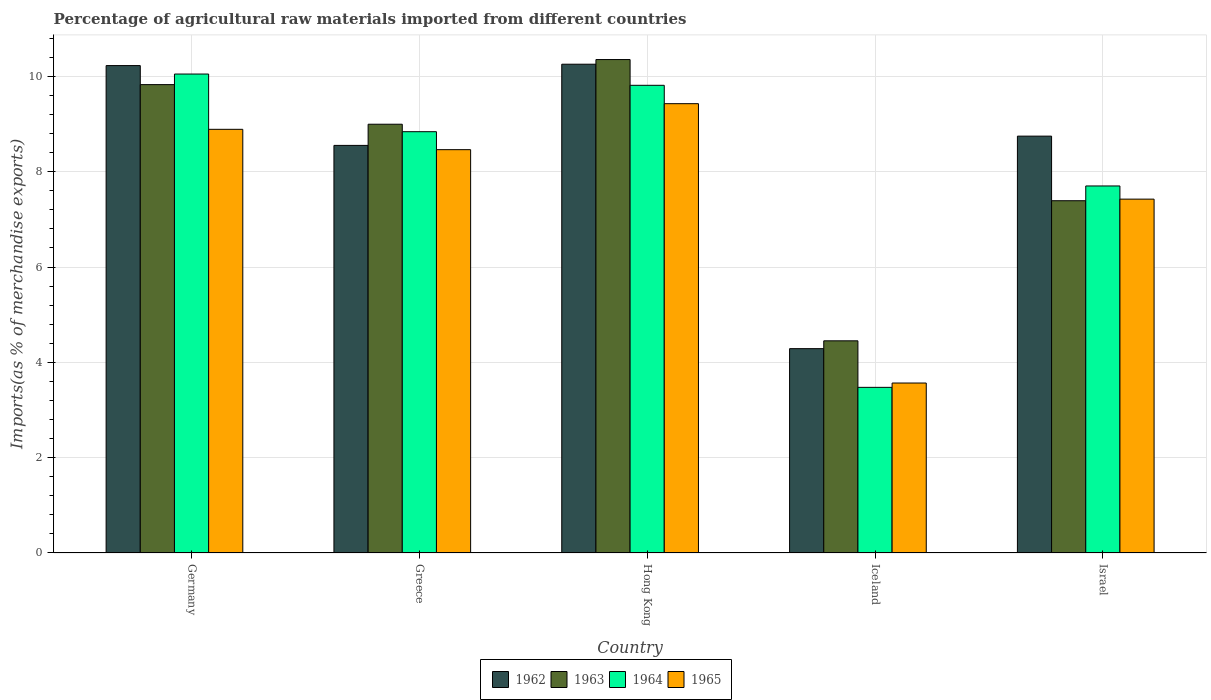
| Country | 1962 | 1963 | 1964 | 1965 |
 | --- | --- | --- | --- | --- |
 | Germany | 10.2 | 9.83 | 10 | 8.89 |
 | Greece | 8.55 | 9 | 8.84 | 8.46 |
 | Hong Kong | 10.3 | 10.4 | 9.81 | 9.43 |
 | Iceland | 4.29 | 4.45 | 3.48 | 3.57 |
 | Israel | 8.75 | 7.39 | 7.7 | 7.42 |